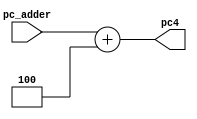
`timescale 1ns / 1ps
//////////////////////////////////////////////////////////////////////////////////
// Company: 
// Engineer: 
// 
// Design Name: 
// Module Name: PC_Adder
// Project Name: 
// Target Devices: 
// Tool Versions: 
// Description: 
// 
// Dependencies: 
// 
// Revision:
// Revision 0.01 - File Created
// Additional Comments:
// 
//////////////////////////////////////////////////////////////////////////////////


module PC_Adder(
    input[31:0] pc_adder,
    output reg[31:0] pc4
    );

    always @(*) 
        pc4 = pc_adder + 32'd4; 

endmodule